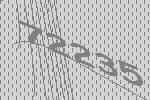
72235